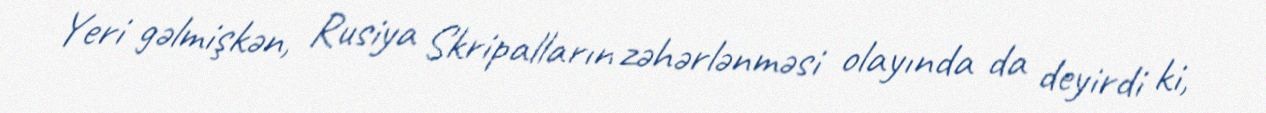
Yeri gəlmişkən, Rusiya Skripalların zəhərlənməsi olayında da deyirdi ki,